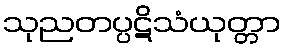
သုညတပ္ပဋိသံယုတ္တာ